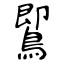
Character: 𪃹